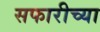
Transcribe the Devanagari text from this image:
सफारीच्या